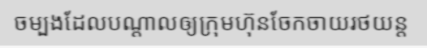
ចម្បងដែលបណ្តាលឲ្យក្រុមហ៊ុនចែកចាយរថយន្ត